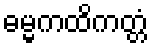
ဓမ္မကထိကတ္တံ